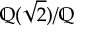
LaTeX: \mathbb { Q } ( { \sqrt { 2 } } ) / \mathbb { Q }